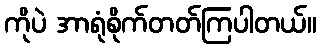
ကိုပဲ အာရုံစိုက်တတ်ကြပါတယ်။